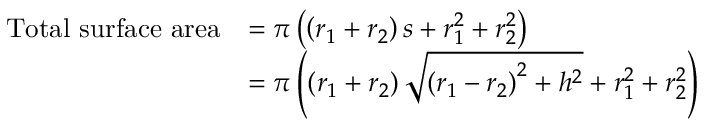
{ \begin{array} { r l } { { \mathrm { T o t a l ~ s u r f a c e ~ a r e a } } } & { = \pi \left( \left( r _ { 1 } + r _ { 2 } \right) s + r _ { 1 } ^ { 2 } + r _ { 2 } ^ { 2 } \right) } \\ & { = \pi \left( \left( r _ { 1 } + r _ { 2 } \right) { \sqrt { \left( r _ { 1 } - r _ { 2 } \right) ^ { 2 } + h ^ { 2 } } } + r _ { 1 } ^ { 2 } + r _ { 2 } ^ { 2 } \right) } \end{array} }